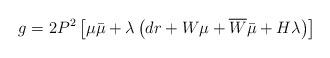
LaTeX: \begin{align*}g=2P^2\left[\mu \bar{\mu}+\lambda\left( dr+W\mu+\overline{W}\bar{\mu}+H\lambda \right)\right]\end{align*}